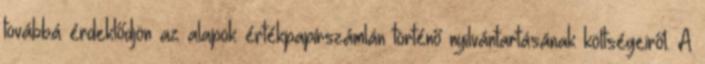
továbbá érdeklődjön az alapok értékpapírszámlán történő nyilvántartásának költségeiről. A